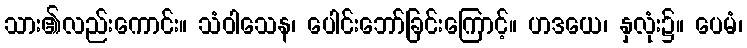
သား၏လည်းကောင်း။ သံဝါသေန၊ ပေါင်းဘော်ခြင်းကြောင့်။ ဟဒယေ၊ နှလုံး၌။ ပေမံ၊